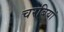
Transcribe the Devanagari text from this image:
चरबियां